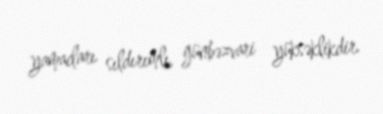
yamacları sıldırımlı, günbəzvari yüksəklikdir.